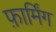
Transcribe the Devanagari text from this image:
फ़ार्मिंग